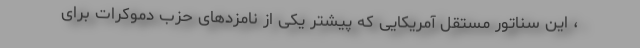
، این سناتور مستقل آمریکایی که پیشتر یکی از نامزدهای حزب دموکرات برای